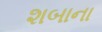
શબાના